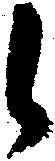
候